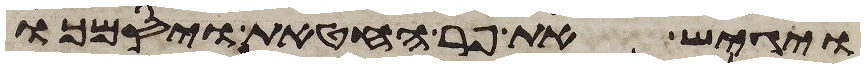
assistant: ויגש את פר החטאת ויסמך